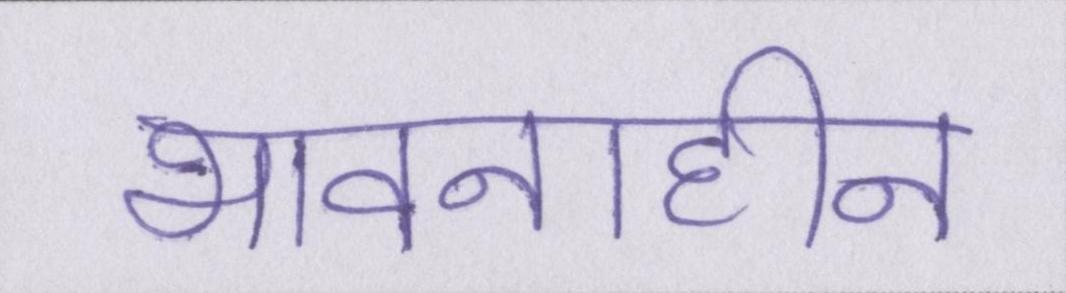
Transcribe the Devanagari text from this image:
भावनाहीन